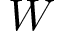
W